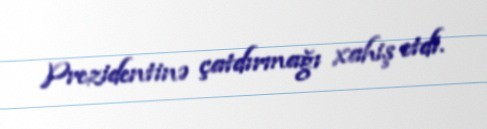
Prezidentinə çatdırmağı xahiş etdi.